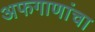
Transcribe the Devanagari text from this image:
अफगाणांचा